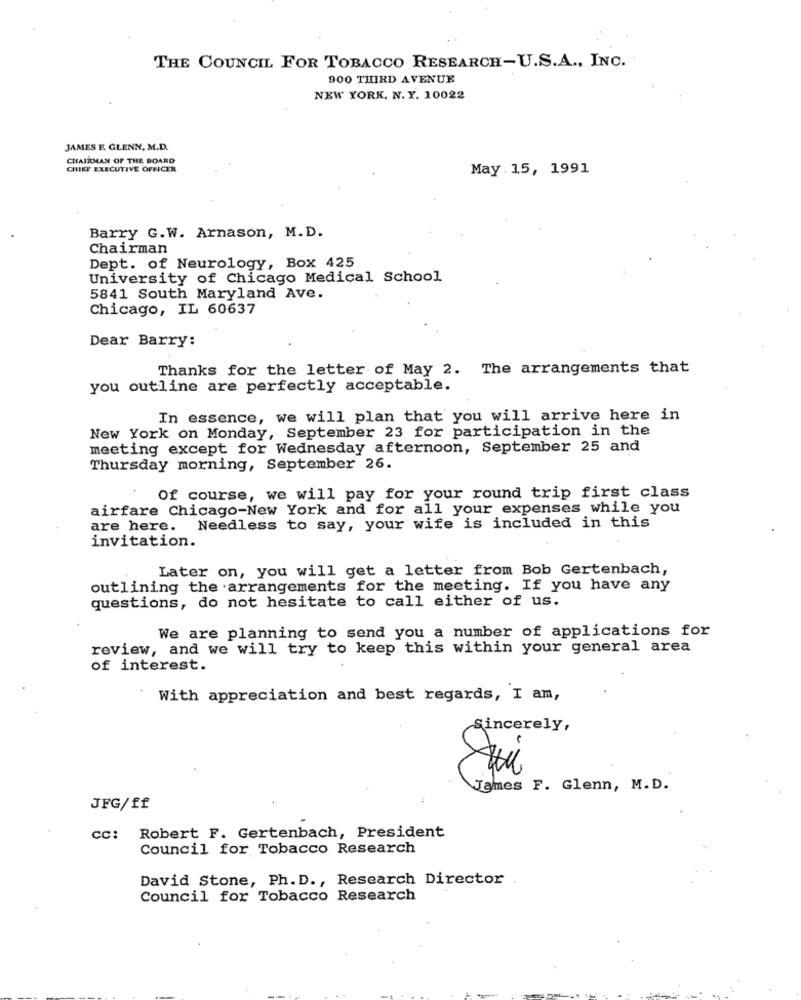
THE COUNCIL FOR TOBACCO RESEARCH-U.S.A ., INC.
900 THIRD AVENUE
NEW YORK, N.Y. 10022
JAMES F. GLENN, M.D.
CHAIRMAN OF THE BOARD
CHIEF EXECUTIVE OFFICER
May 15, 1991
Barry G.W. Arnason, M.D.
Chairman
Dept. of Neurology, Box 425
University of Chicago Medical School
5841 South Maryland Ave.
Chicago, IL 60637
Dear Barry:
Thanks for the letter of May 2. The arrangements that
you outline are perfectly acceptable.
In essence, we will plan that you will arrive here in
New York on Monday, September 23 for participation in the
meeting except for Wednesday afternoon, September 25 and
Thursday morning, September 26.
Of course, we will pay for your round trip first class
airfare Chicago-New York and for all your expenses while you
are here. Needless to say, your wife is included in this
invitation.
Later on, you will get a letter from Bob Gertenbach,
outlining the arrangements for the meeting. If you have any
questions, do not hesitate to call either of us.
We are planning to send you a number of applications for
review, and we will try to keep this within your general area
of interest.
With appreciation and best regards, I am,
Sincerely,
James F. Glenn, M.D.
JFG/ff
cc: Robert F. Gertenbach, President
Council for Tobacco Research
David Stone, Ph. D ., Research Director
Council for Tobacco Research